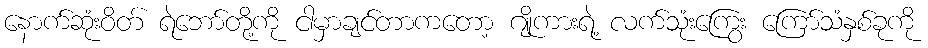
နောက်ဆုံးဝိတ် ရဲဘော်တို့ကို ငါမှာချင်တာကတော့ ဂျိုကားရဲ့ လက်သုံးကြွေး ကြော်သံနှစ်ခုကို